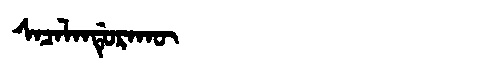
Manchu: ᠰᠠᠴᠠᠯᠠᠨᡩᡠᡵᠠᡴᡡ
Romanization: SACALANDURAKŪ